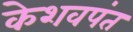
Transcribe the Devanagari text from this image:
केशवपंत